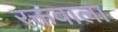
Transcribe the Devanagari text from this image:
रक्तवाला